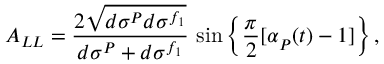
A _ { L L } = \frac { 2 \sqrt { d \sigma ^ { P } d \sigma ^ { f _ { 1 } } } } { d \sigma ^ { P } + d \sigma ^ { f _ { 1 } } } \, \sin \left\{ \frac { \pi } { 2 } [ \alpha _ { P } ^ { } ( t ) - 1 ] \right\} ,